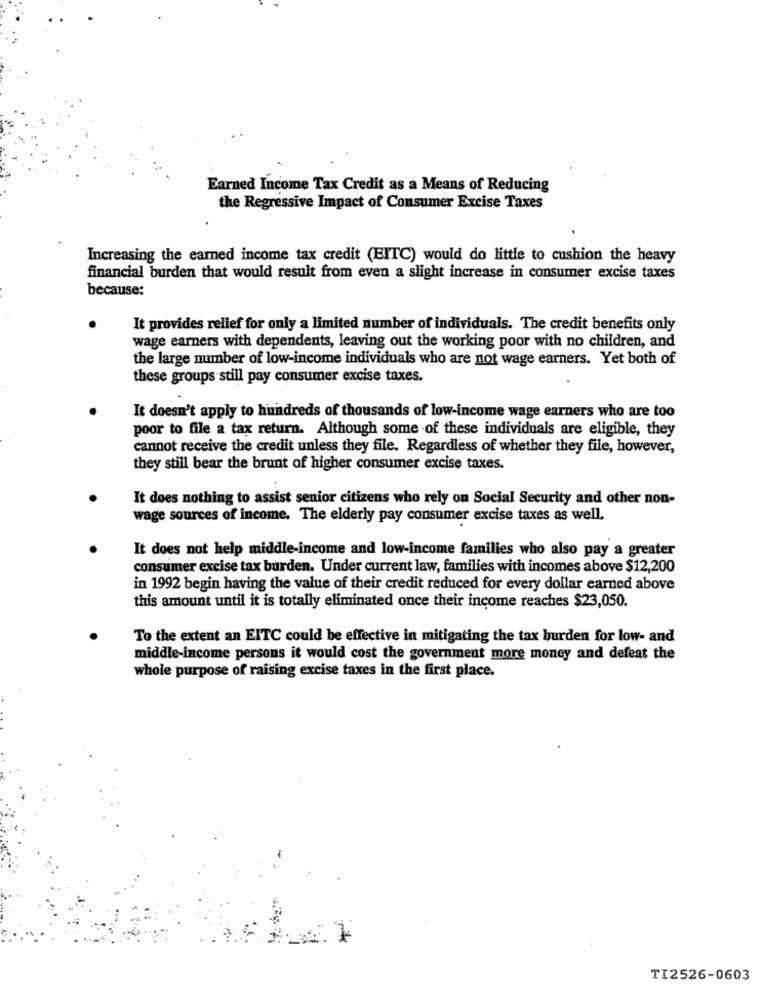
Earned Income Tax Credit as a Means of Reducing
the Regressive Impact of Consumer Excise Taxes
Increasing the earned income tax credit (EITC) would do little to cushion the heavy
financial burden that would result from even a slight increase in consumer excise taxes
because:
It provides relief for only a limited number of individuals. The credit benefits only
wage earners with dependents, leaving out the working poor with no children, and
the large number of low-income individuals who are not wage earners. Yet both of
these groups still pay consumer excise taxes.
It doesn't apply to hundreds of thousands of low-income wage earners who are too
poor to file a tax return. Although some of these individuals are eligible, they
cannot receive the credit unless they file. Regardless of whether they file, however,
they still bear the brunt of higher consumer excise taxes.
It does nothing to assist senior citizens who rely on Social Security and other non-
wage sources of income. The elderly pay consumer excise taxes as well.
It does not help middle-income and low-income families who also pay a greater
consumer excise tax burden. Under current law, families with incomes above $12,200
in 1992 begin having the value of their credit reduced for every dollar earned above
this amount until it is totally eliminated once their income reaches $23,050.
To the extent an EITC could be effective in mitigating the tax burden for low- and
middle-income persons it would cost the government more money and defeat the
whole purpose of raising excise taxes in the first place.
TI2526-0603